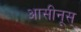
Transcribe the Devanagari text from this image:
आसीनूस्